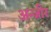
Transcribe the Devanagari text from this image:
अन्जीर